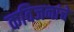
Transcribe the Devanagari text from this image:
कविजनांचे